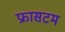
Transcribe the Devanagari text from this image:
फ्रासटम